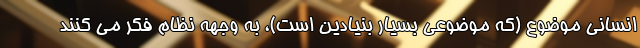
انسانی موضوع (که موضوعی بسیار بنیادین است)، به وجهه نظام فکر می کنند